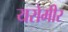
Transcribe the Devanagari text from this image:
यरोमीर